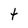
Character: t